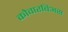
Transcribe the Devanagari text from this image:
कोवारबिअस